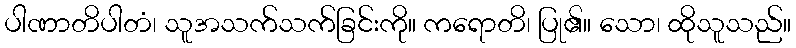
ပါဏာတိပါတံ၊ သူအသက်သက်ခြင်းကို။ ကရောတိ၊ ပြု၏။ သော၊ ထိုသူသည်။